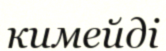
кимейді